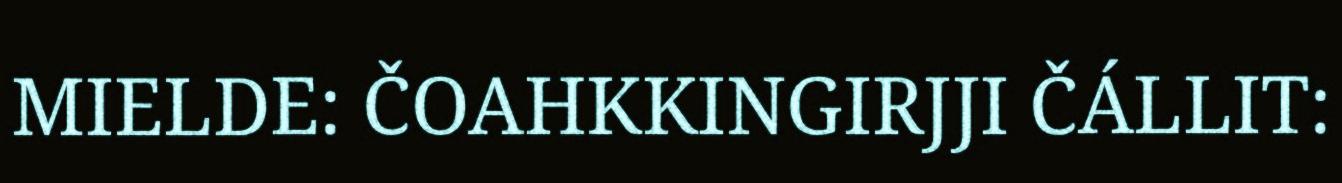
MIELDE: ČOAHKKINGIRJJI ČÁLLIT: